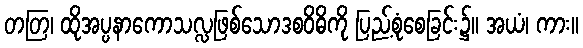
တတြ၊ ထိုအပ္ပနာကောသလ္လဖြစ်သောဒစဝိဓိကို ပြည့်စုံစေခြင်း၌။ အယံ၊ ကား။